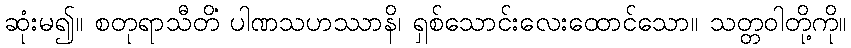
ဆုံးမ၍။ စတုရာသီတိံ ပါဏသဟဿာနိ၊ ရှစ်သောင်းလေးထောင်သော။ သတ္တဝါတို့ကို။